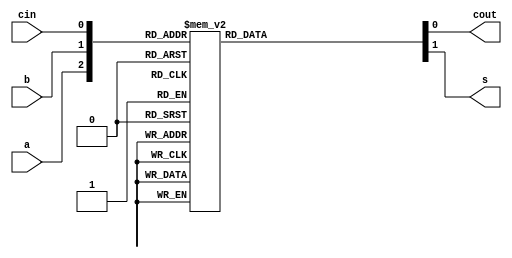
module FA(a,b,cin,cout,s);

		input  a,b;
		input cin;
		output s;
		output  cout;
		reg s, cout;
		wire [2:0] cat;

		assign cat = {a,b,cin};

		always @(cat) begin
			case (cat)
			3'b000 : begin cout = 0; s = 0; end
			3'b001 : begin cout = 0; s = 1; end
			3'b010 : begin cout = 0; s = 1; end
			3'b011 : begin cout = 1; s = 0; end

			3'b100 : begin cout = 0; s = 1; end
			3'b101 : begin cout = 1; s = 0; end
			3'b110 : begin cout = 1; s = 0; end
			3'b111 : begin cout = 1; s = 1; end
		endcase
		end

endmodule